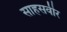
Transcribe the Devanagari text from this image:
साहसवीर